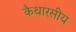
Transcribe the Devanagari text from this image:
कैथारसीय